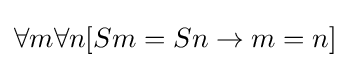
\forall m\forall n[Sm=Sn\rightarrow m=n]